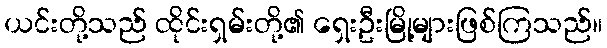
ယင်းတို့သည် ထိုင်းရှမ်းတို့၏ ရှေးဦးမြို့များဖြစ်ကြသည်။